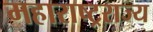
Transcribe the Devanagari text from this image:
महाराष्ट्रराज्य